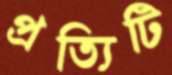
প্রত্যিটি